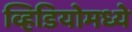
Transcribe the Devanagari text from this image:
व्हिडियोमध्ये